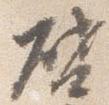
啓